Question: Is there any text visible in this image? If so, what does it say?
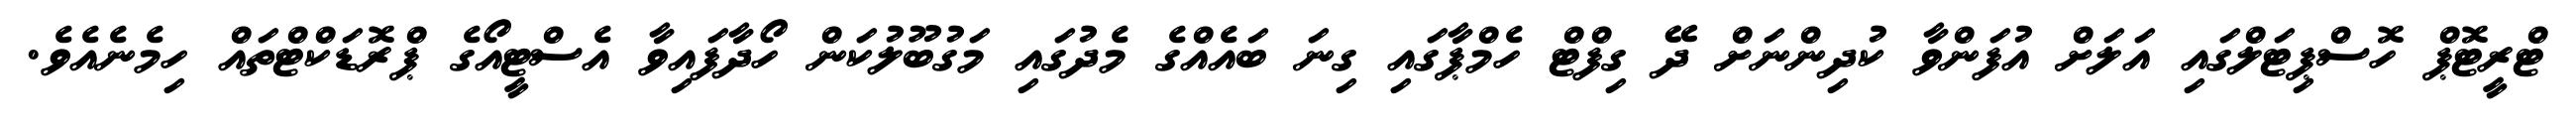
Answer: ޓްރީޓޮޕް ހޮސްޕިޓަލްގައި އަލަށް އުފަންވާ ކުދިންނަށް ދޭ ގިފްޓް ހެމްޕާގައި ގިނަ ބައެއްގެ މެދުގައި މަގުބޫލުކަން ހޯދާފައިވާ އެސްޓީއޯގެ ޕްރޮޑަކްޓްތައް ހިމެނެއެވެ.